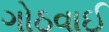
ગોઠવાઈ